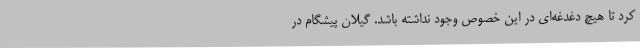
کرد تا هیچ دغدغه‌ای در این خصوص وجود نداشته باشد. گیلان پیشگام در